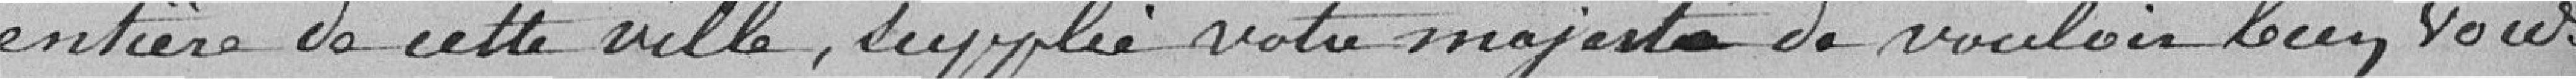
entière de cette ville, supplie votre majesté de vouloir bien vous